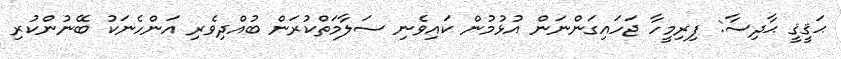
ޙަޤީޤީ ޙާދިސާ: ފިރިމީހާ ޖަހައިގަންނަން އުޅުމުން ކައިވެނި ސަލާމަތްކުރަން ބުއްދިވެރި އަންހެނަކު ބޭނުންކުރި